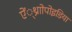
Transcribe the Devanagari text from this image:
ऐं्थ्राोपोइडिया